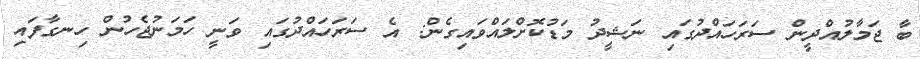
ބާ ޖަމާލުއްދީން ސަރަހައްދުގައި ނަޝީދު މަޑުކޮށްލައްވައިގެން: އެ ސަރަހައްދުގައި ވަނީ ހަމަނުޖެހުން ހިނގާފައި